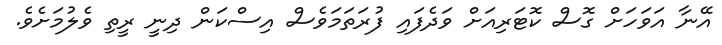
އޭނާ އަވަހަށް ގޮސް ކޮޓަރިއަށް ވަދެފައި ފުރަތަމަވެސް އިސްކަން ދިނީ ރީތި ވެލުމަށެވެ.